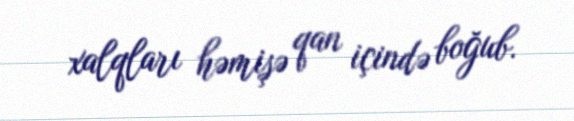
xalqları həmişə qan içində boğub.